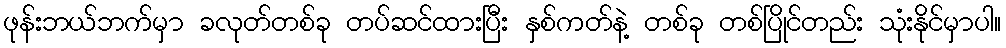
ဖုန်းဘယ်ဘက်မှာ ခလုတ်တစ်ခု တပ်ဆင်ထားပြီး နှစ်ကတ်နဲ့ တစ်ခု တစ်ပြိုင်တည်း သုံးနိုင်မှာပါ။